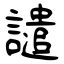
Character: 譴